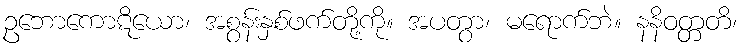
ဥဘောကောဋိယော၊ အစွန်းနှစ်ဖက်တို့ကို။ အပတွာ၊ မရောက်ဘဲ။ နနိဝတ္တတိ၊